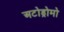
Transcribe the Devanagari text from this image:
अटोड्रोमो